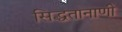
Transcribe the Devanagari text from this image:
सिद्धतानाणी